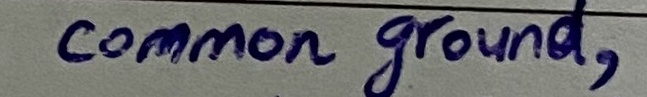
Text: common ground,